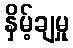
နှိမ့်ချမှု